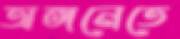
অঙ্গনেতে